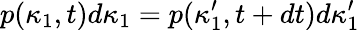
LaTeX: p(\kappa_{1},t)d\kappa_{1}=p(\kappa_{1}^{\prime},t+dt)d\kappa_{1}^{\prime}